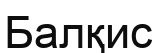
Балқис